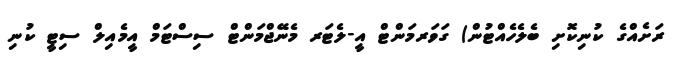
ރަށެއްގެ ކުނިކޮށި ބެލެހެއްޓުން) ގަވަރމަންޓް އީ-ލެޓަރ މެނޭޖްމަންޓް ސިސްޓަމް އީމެއިލް ސިޓީ ކުނި